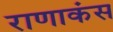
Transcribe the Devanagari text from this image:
राणाकंस